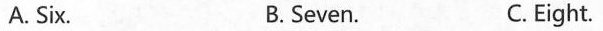
A. Six. B. Seven. C.Eight.